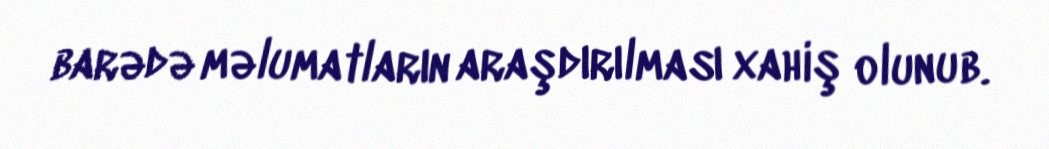
barədə məlumatların araşdırılması xahiş olunub.